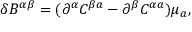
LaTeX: \delta B ^ { \alpha \beta } = ( \partial ^ { \alpha } C ^ { \beta a } - \partial ^ { \beta } C ^ { \alpha a } ) \mu _ { a } ,